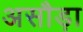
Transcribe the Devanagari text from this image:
असौड़ा